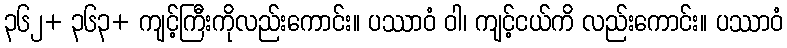
၃၆၂+ ၃၆၃+ ကျင့်ကြီးကိုလည်းကောင်း။ ပဿာဝံ ဝါ၊ ကျင့်ငယ်ကိ လည်းကောင်း။ ပဿာဝံ